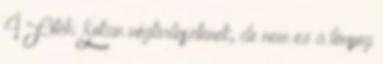
4 Fitch: Sokan végtörlesztenek, de nem ez a lényeg